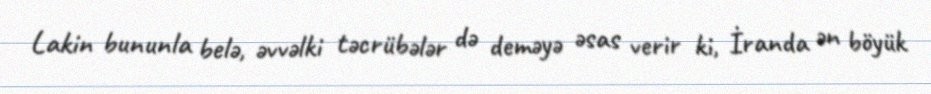
Lakin bununla belə, əvvəlki təcrübələr də deməyə əsas verir ki, İranda ən böyük